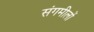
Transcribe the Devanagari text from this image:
संगमीलों